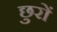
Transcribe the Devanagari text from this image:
छुरों